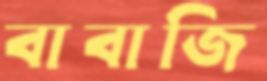
বাবাজি